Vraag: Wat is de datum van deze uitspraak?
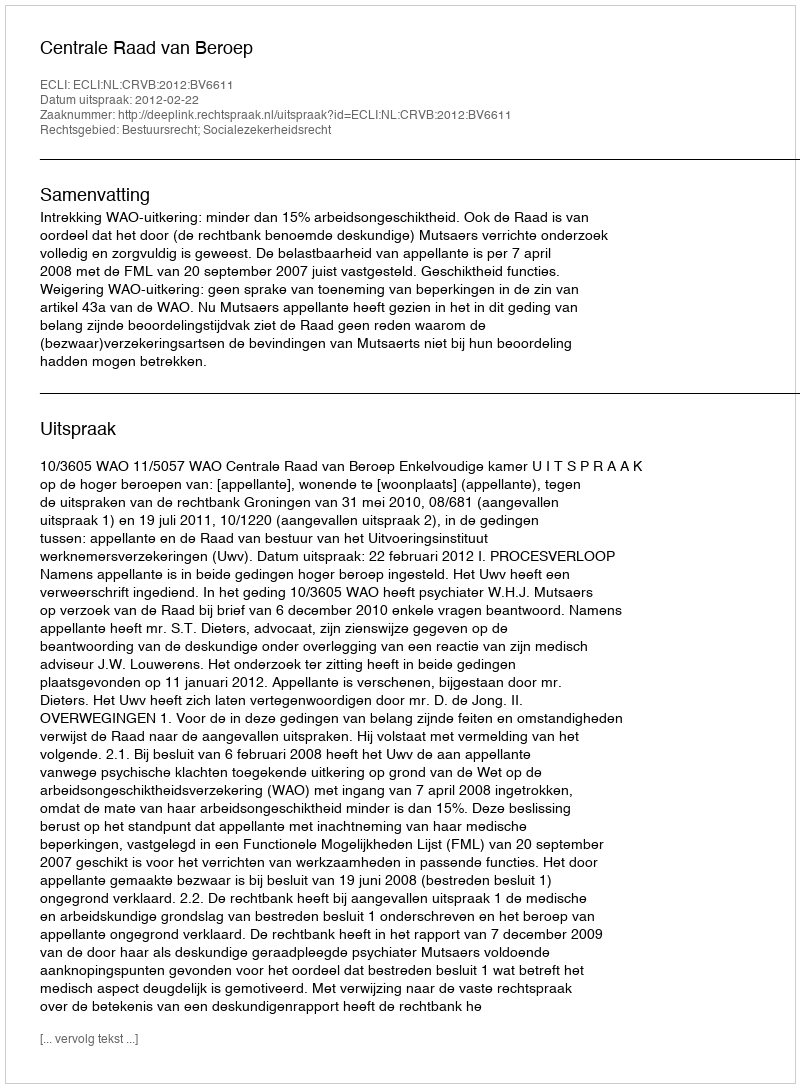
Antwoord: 2012-02-22